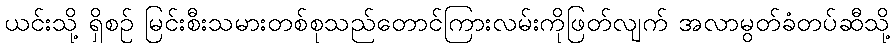
ယင်းသို့ ရှိစဉ် မြင်းစီးသမားတစ်စုသည်တောင်ကြားလမ်းကိုဖြတ်လျက် အလာမွတ်ခံတပ်ဆီသို့